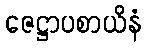
ဇေဋ္ဌာပစာယိနံ